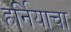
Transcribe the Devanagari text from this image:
हर्नियाचा